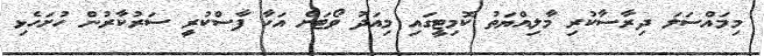
މިމައްސަލަ ދިރާސާކުރި މާލިއްޔަތު ކޮމިޓީގައި މިއަދު ވޯޓަށް އަހާ ފާސްކުރީ ސަރުކާރުން ހުށަހެޅި